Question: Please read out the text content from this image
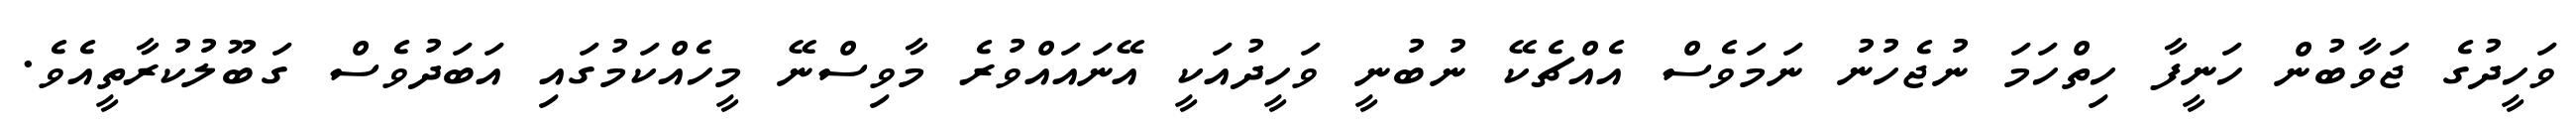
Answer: ވަހީދުގެ ޖަވާބުން ހަނީފާ ހިތްހަމަ ނުޖެހުނު ނަމަވެސް އެއްޗެކޭ ނުބުނީ ވަހީދުއަކީ އޭނައައްވުރެ މާވިސްނޭ މީހެއްކަމުގައި އަބަދުވެސް ގަބޫލުކުރާތީއެވެ.